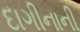
દાગીનાની